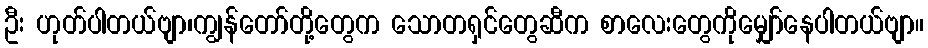
ဦး ဟုတ်ပါတယ်ဗျာ၊ကျွန်တော်တို့တွေက သောတရှင်တွေဆီက စာလေးတွေကိုမျှော်နေပါတယ်ဗျာ။